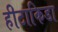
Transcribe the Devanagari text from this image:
हीटाकिडा